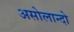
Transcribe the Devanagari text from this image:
असोलान्दो